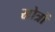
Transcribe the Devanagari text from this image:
स्रोत्रों